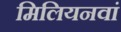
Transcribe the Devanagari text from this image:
मिलियनवां